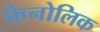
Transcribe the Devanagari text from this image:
फेनोलिक